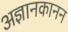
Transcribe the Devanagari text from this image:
अज्ञानकानन